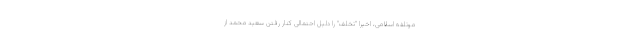
موتلفه اسلامی، اخیرا "تخلف" را دلیل احتمالی کنار رفتن سعید محمد از